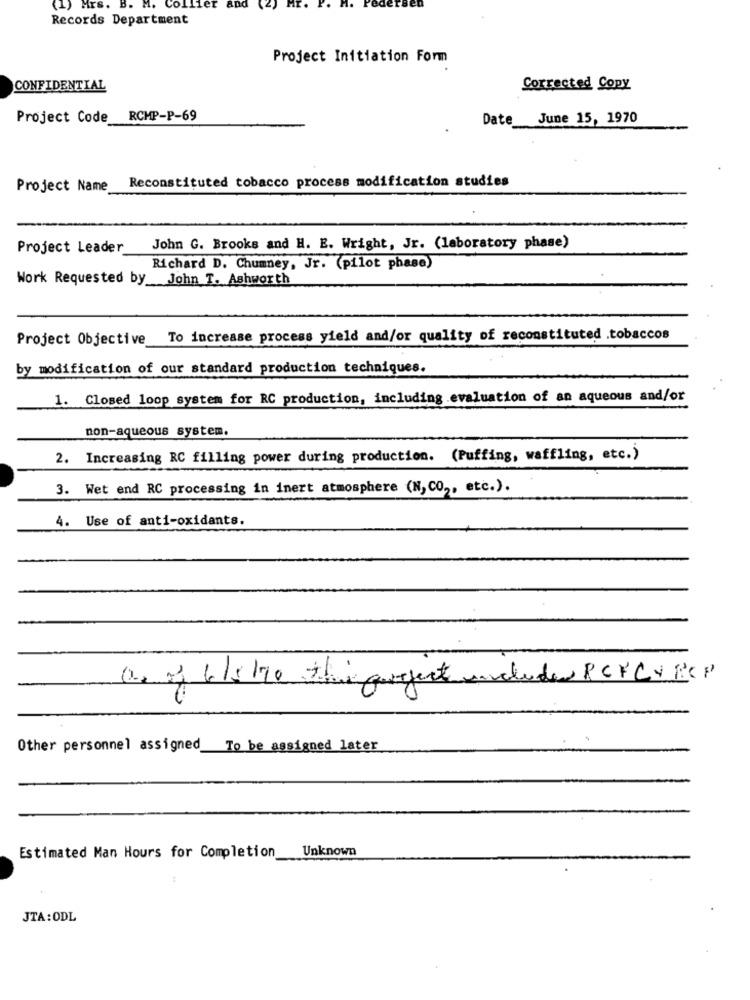
(1) Hrs. B. M. Collier and (2) Hr. P.
Records Department
Project Initiation Form
CONFIDENTIAL
Corrected Copy
Project Code RCMP-P-69
Date June 15, 1970
Reconstituted tobacco process modification studies
Project Name
Project Leader
John G. Brooks and H. E. Wright, Jr. (laboratory phase)
Richard D. Chumney, Jr. (pilot phase)
Work Requested by John T. Ashworth
Project Objective To increase process yield and/or quality of reconstituted .tobaccos
by modification of our standard production techniques.
1. Closed loop system for RC production, including .evaluation of an aqueous and/or
non-aqueous system.
2. Increasing RC filling power during production. (Puffing, waffling, etc.)
3. Wet end RC processing in inert atmosphere (N, CO ,, etc.).
4. Use of anti-oxidants.
as of liste the guyect includes PCFCV RCP
Other personnel assigned To be assigned later
Unknown
Estimated Man Hours for Completion
JTA:ODL